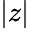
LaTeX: |z|